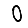
Digit: 0